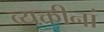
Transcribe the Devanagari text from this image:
व्यक्तीनां